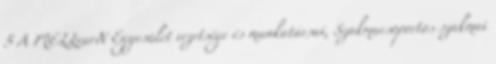
5 A MELLearN Egyesület vezetsége és munkatársai, Szakmacsoportos szakmai